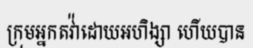
ក្រុមអ្នកតវ៉ាដោយអហិង្សា ហើយបាន